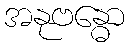
အနုဗန္ဓော